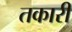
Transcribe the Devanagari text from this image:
तकारी